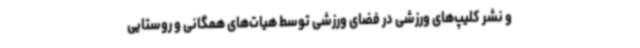
و نشر کلیپ‌های ورزشی در فضای ورزشی توسط هیات‌های همگانی و روستایی